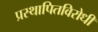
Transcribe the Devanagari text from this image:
प्रस्थापितविरोधी